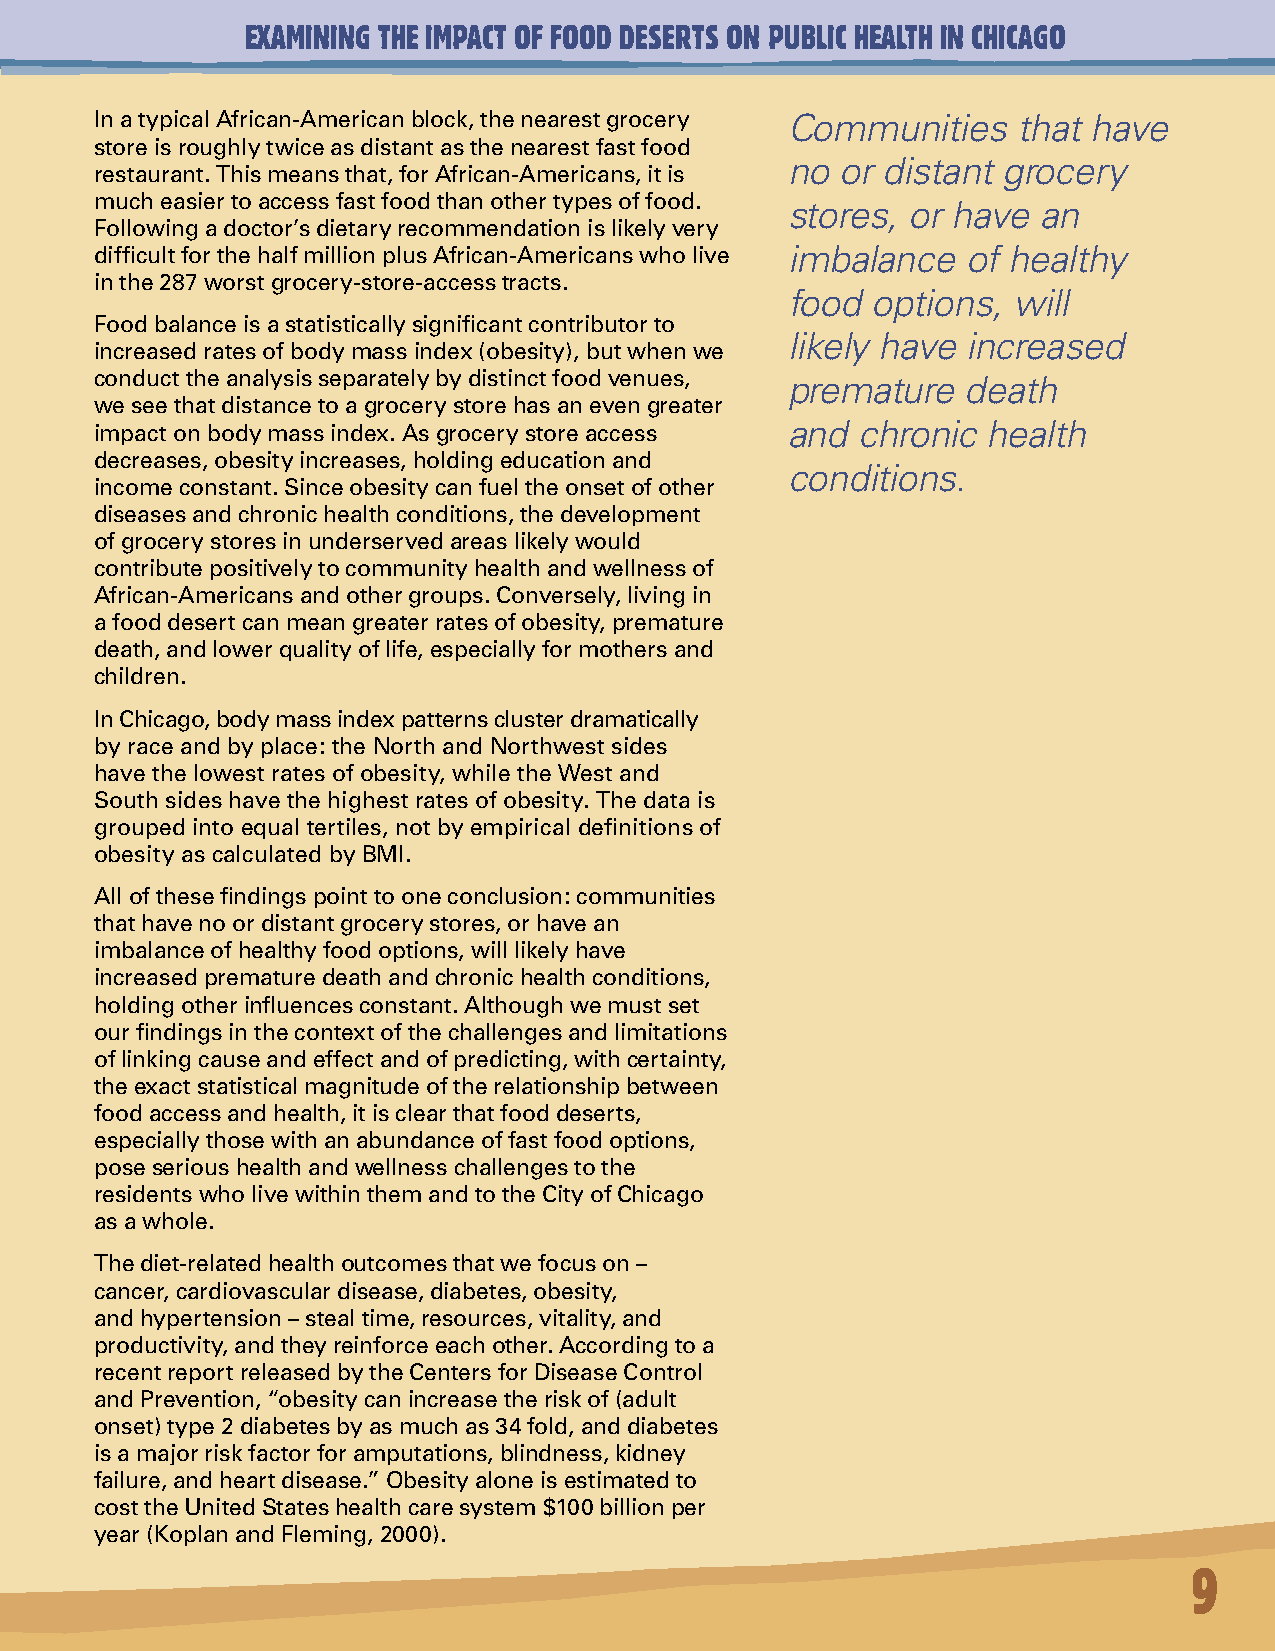
EXAMINING THE IMPACT OF FOOD DESERTS ON PUBLIC HEALTH IN CHICAGO
 In a typical African-American block, the nearest grocery Communities that have
 store is roughly twice as distant as the nearest fast food
 no  or distant grocery
 restaurant. This means that, for African-Americans, it is
 much easier to access fast food than other types of food. stores, or have an
 Following a doctor’s dietary recommendation is likely very
 difficult for the half million plus African-Americans who live imbalance of healthy
 in the 287 worst grocery-store-access tracts.
 food  options, will
 Food balance is a statistically significant contributor to
 likely have increased
 increased rates of body mass index (obesity), but when we
 conduct the analysis separately by distinct food venues, premature death
 we see that distance to a grocery store has an even greater
 and  chronic health
 impact on body mass index. As grocery store access
 decreases, obesity increases, holding education and
 conditions.
 income constant. Since obesity can fuel the onset of other
 diseases and chronic health conditions, the development
 of grocery stores in underserved areas likely would
 contribute positively to community health and wellness of
 African-Americans and other groups. Conversely, living in
 a food desert can mean greater rates of obesity, premature
 death, and lower quality of life, especially for mothers and
 children.
 In Chicago, body mass index patterns cluster dramatically
 by race and by place: the North and Northwest sides
 have the lowest rates of obesity, while the West and
 South sides have the highest rates of obesity. The data is
 grouped into equal tertiles, not by empirical definitions of
 obesity as calculated by BMI.
 All of these findings point to one conclusion: communities
 that have no or distant grocery stores, or have an
 imbalance of healthy food options, will likely have
 increased premature death and chronic health conditions,
 holding other influences constant. Although we must set
 our findings in the context of the challenges and limitations
 of linking cause and effect and of predicting, with certainty,
 the exact statistical magnitude of the relationship between
 food access and health, it is clear that food deserts,
 especially those with an abundance of fast food options,
 pose serious health and wellness challenges to the
 residents who live within them and to the City of Chicago
 as a whole.
 The diet-related health outcomes that we focus on –
 cancer, cardiovascular disease, diabetes, obesity,
 and hypertension – steal time, resources, vitality, and
 productivity, and they reinforce each other. According to a
 recent report released by the Centers for Disease Control
 and Prevention, “obesity can increase the risk of (adult
 onset) type 2 diabetes by as much as 34 fold, and diabetes
 is a major risk factor for amputations, blindness, kidney
 failure, and heart disease.” Obesity alone is estimated to
 cost the United States health care system $100 billion per
 year (Koplan and Fleming, 2000).
 9